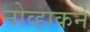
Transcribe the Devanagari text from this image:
नोव्हाकने